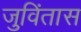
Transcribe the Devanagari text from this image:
जुविंतास